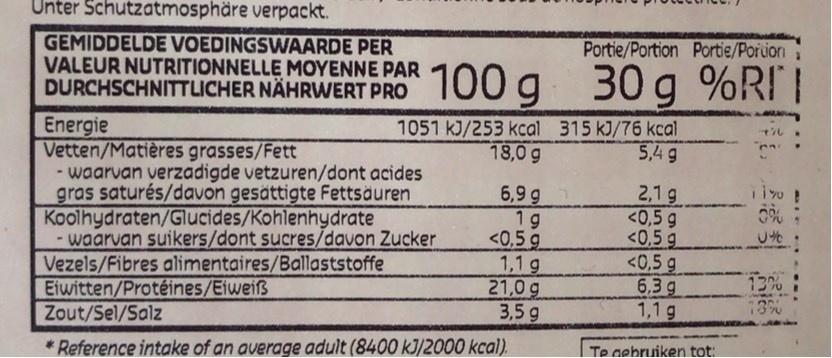
Unter Schutzatmosphäre verpackt.
Portie/Portion Portie/Porion
GEMIDDELDE VOEDINGSWAARDE PER VALEUR NUTRITIONNELLE MOYENNE PAR DURCHSCHNITTLICHER NÄHRVWERT PRO
100 g
30 g %RII
1051 kJ/253 kcal 315 kJ/76 kcal 18,0 g
ル
Energie Vetten/Matières grasses/Fett - waarvan verzadigde vetzuren/dont acides gras saturés/davon gesättigte Fettsäuren Koolhydraten/Glucides/Kohlenhydrate - waarvan suikers/dont sucres/davon Zucker Vezels/Fibres alimentaires/Ballaststoffe Eiwitten/Protéines/Eiweiß Zout/Sel/Salz
5,4 9
6,9 g 1g <0,5 g 1,1g 21,0 g 3,5g
2,1 g <0,5 g <0,5 g <0,5 g 6.3 g 1,1 g
0%
13%
Te gebruiken tot:
* Reference intake of an average adult (8400 kJ/2000 kcal).